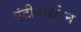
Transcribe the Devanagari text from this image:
एंटीपाइरिन